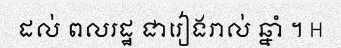
ដល់ ពលរដ្ឋ ជារៀងរាល់ ឆ្នាំ ។ H